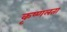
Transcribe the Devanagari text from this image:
कृष्णलता